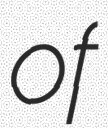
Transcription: of